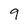
Character: 9